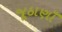
જૂઠાણાઁ